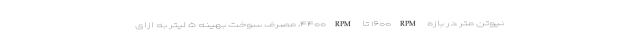
نیوتن متر در بازه ۱۶۰۰RPM تا ۴۴۰۰RPM، مصرف سوخت بهینه ۵ لیتر به ازای